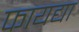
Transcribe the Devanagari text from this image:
फायद्या